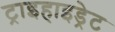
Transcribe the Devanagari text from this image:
ट्राइहाइड्रेट